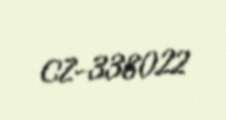
CZ-338022